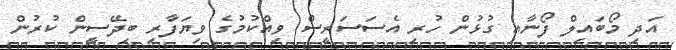
އަދި މޯބައިލް ފޯނާއި ގުޅުން ހުރި އެސަސަރީސް ވިއްކުމުގެ ވިޔަފާރި ބިދޭސީން ކުރުން